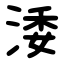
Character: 涹